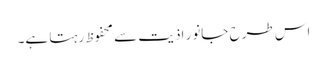
اس طرح جانور اذیت سے محفوظ رہتا ہے۔